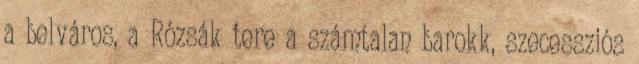
a belváros, a Rózsák tere a számtalan barokk, szecessziós